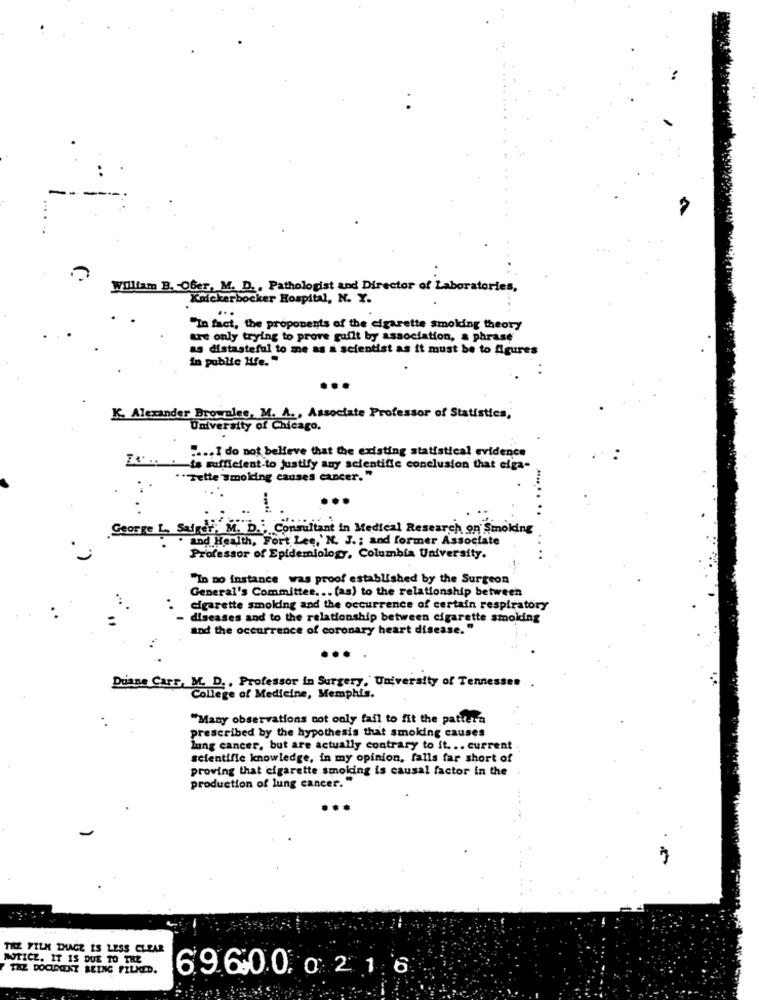
William B. Ober, M. D ., Pathologist and Director of Laboratories,
Knickerbocker Hospital, N. Y.
....
"In fact, the proponents of the cigarette smoking theory
the only trying to prove guilt by association, a phrase
as distasteful to me as a scientist as it must be to Agures
in public Hfe."
K. Alexander Brownlee, M. A ., Associate Professor of Statistics,
University of Chicago.
" ... I do not believe that the existing statistical evidence
' .. . is sufficient to justify any scientific conclusion that eiga-
. - Tette 'smolding causes cancer. "
George L. Safger, M. D ., Consultant in Medical Research on Smoking
· and Health, Fort Lee,'N. J .; and former Associate
Professor of Epidemiology, Columbia University.
"In no instance was proof established by the Surgeon
General's Committee ... (as) to the relationship between
cigarette smoking and the occurrence of certain respiratory
diseases and to the relationship between cigarette smoking
and the occurrence of coronary heart disease."
Diane Carr, M. D ., Professor in Surgery, University of Tennessee
College of Medicine, Memphis.
"Many observations not only fail to fit the pattern
prescribed by the hypothesis that smoking causes
lung cancer, but are actually contrary to it ... current
scientific knowledge, in my opinion, falls far short of
proving that cigarette smoking is causal factor in the
production of lung cancer."
THE FILM THACE IS LESS CLEAR
NOTICE. IT IS DUE TO THE
TAZ DOCIDENT BEING FILMED.
69.6.00. 0216